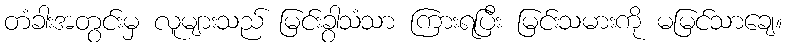
တံခါးအတွင်းမှ လူများသည် မြင်းခွာသံသာ ကြားရပြီး မြင်းသမားကို မမြင်သာချေ။